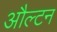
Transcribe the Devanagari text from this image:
औल्टन